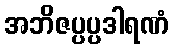
အဘိဇပ္ပပ္ပဒါရဏံ